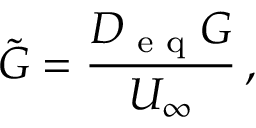
\tilde { G } = \frac { D _ { \textup { e q } } G } { U _ { \infty } } \, ,